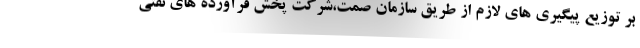
بر توزیع پیگیری های لازم از طریق سازمان صمت،شرکت پخش فرآورده های نفتی